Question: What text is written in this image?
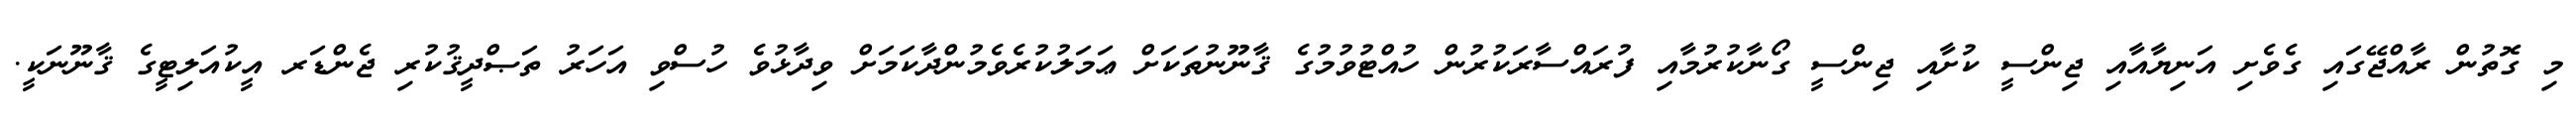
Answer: މި ގޮތުން ރާއްޖޭގައި ގެވެށި އަނިޔާއާއި ޖިންސީ ކުށާއި ޖިންސީ ގޯނާކުރުމާއި ފުރައްސާރަކުރުން ހުއްޓުވުމުގެ ޤާނޫނުތަކަށް ޢަމަލުކުރެވެމުންދާކަމަށް ވިދާޅުވެ ހުސްވި އަހަރު ތަޞްދީޤުކުރި ޖެންޑަރ އީކުއަލިޓީގެ ޤާނޫނަކީ.